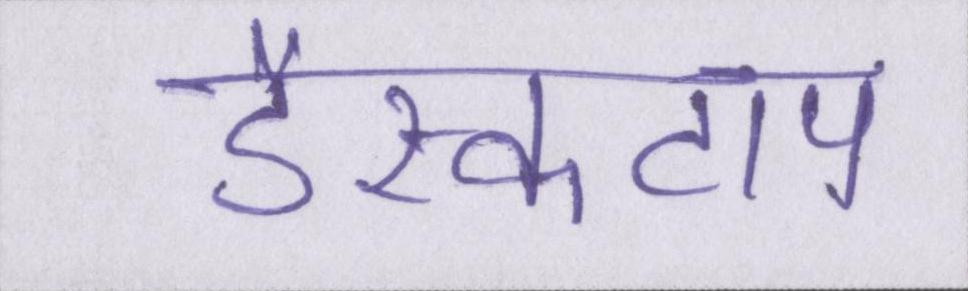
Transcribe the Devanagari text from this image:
डैस्कटाप